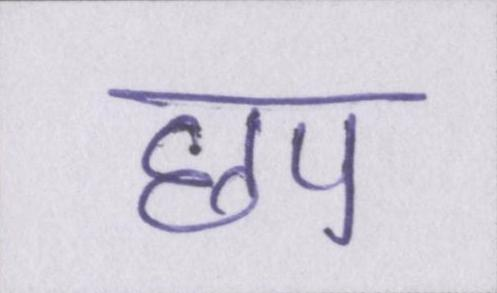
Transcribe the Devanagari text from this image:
छप